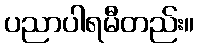
ပညာပါရမီတည်း။